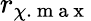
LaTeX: r_{\chi.\mathrm{~m~a~x~}}